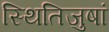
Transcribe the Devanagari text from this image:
स्थितिजुषां